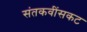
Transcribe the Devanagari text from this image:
संतकवींसकट